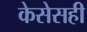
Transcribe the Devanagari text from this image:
केसेसही